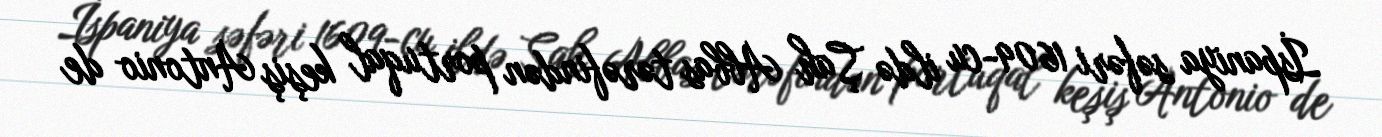
İspaniya səfəri 1609-cu ildə Şah Abbas tərəfindən portuqal keşiş Antonio de